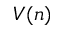
V ( n )